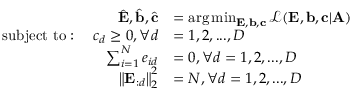
\begin{array} { r l } { \hat { \mathbf { E } } , \hat { \mathbf { b } } , \hat { \mathbf { c } } } & { = \arg \operatorname* { m i n } _ { \mathbf { E } , { \mathbf { b } } , { \mathbf { c } } } \mathcal { L } ( { \mathbf { E } } , { \mathbf { b } } , { \mathbf { c } } | { \mathbf { A } } ) } \\ { { \mathrm { s u b j e c t ~ t o } } : ~ ~ ~ c _ { d } \geq 0 , \forall d } & { = 1 , 2 , . . . , D } \\ { \sum _ { i = 1 } ^ { N } e _ { i d } } & { = 0 , \forall d = 1 , 2 , . . . , D } \\ { \big \| { \mathbf { E } } _ { : d } \big \| _ { 2 } ^ { 2 } } & { = N , \forall d = 1 , 2 , . . . , D } \end{array}